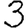
Digit: 3